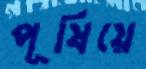
পূষিয়ে